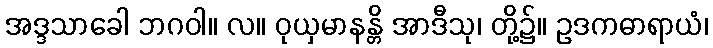
အဒ္ဒသာခေါ ဘဂဝါ။ လ။ ဝုယှမာနန္တိ အာဒီသု၊ တို့၌။ ဥဒကဓာရာယံ၊